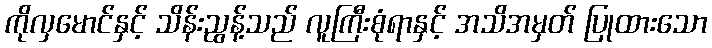
ကိုလှမောင်နှင့် သိန်းညွန့်သည် လူကြီးစုံရာနှင့် အသိအမှတ် ပြုထားသော